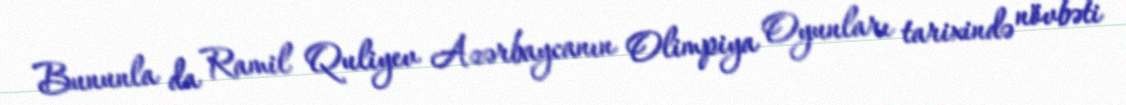
Bununla da Ramil Quliyev Azərbaycanın Olimpiya Oyunları tarixində növbəti